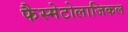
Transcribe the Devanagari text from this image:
फैस्मेटोलाजिकल